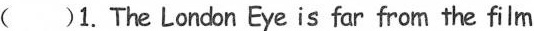
( )1. The London Eye is far from the film